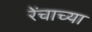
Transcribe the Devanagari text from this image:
रेंचाच्या